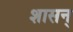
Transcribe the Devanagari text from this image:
शासन्